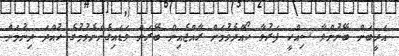
އަދީބަށް ބޭނުންވާ ސިއްހީ ފަރުވާ ހޯއްދެވުމަށް ރާއްޖެއިން ބޭރަށް ވަޑައިގެންނެވުމުގެ ހުއްދަ ދިނުމަށް